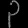
Digit: ၃